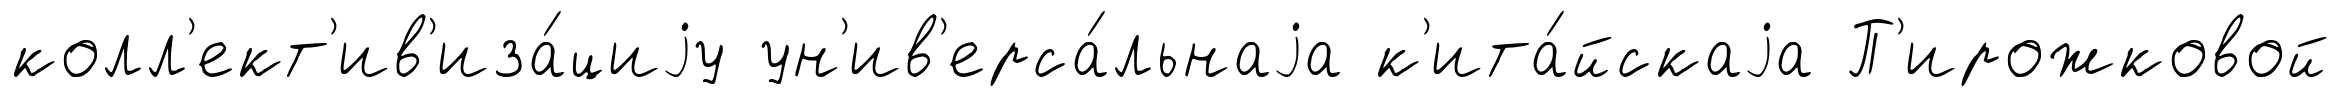
колл'ект'ив'иза́циjу ун'ив'ерса́льнаjа к'ита́йскаjа П'ирожковой